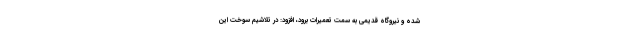
شده و نیروگاه قدیمی به سمت تعمیرات برود، افزود: در تلاشیم سوخت این